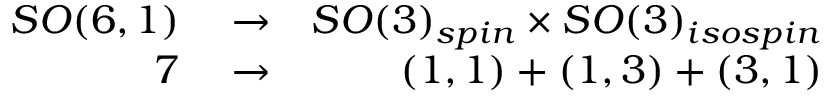
\begin{array} { r l r } { S O ( 6 , 1 ) } & { { } \rightarrow } & { S O ( 3 ) _ { s p i n } \times S O ( 3 ) _ { i s o s p i n } } \\ { 7 } & { { } \rightarrow } & { ( 1 , 1 ) + ( 1 , 3 ) + ( 3 , 1 ) } \end{array}